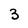
Character: 3